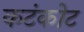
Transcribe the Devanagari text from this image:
कटंकोट